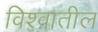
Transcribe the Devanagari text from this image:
विश्‍वातील